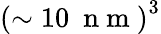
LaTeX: \left(\sim 10\mathrm{~\ n~m~}\right)^{3}